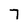
Character: 7